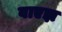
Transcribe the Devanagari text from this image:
वाएझ